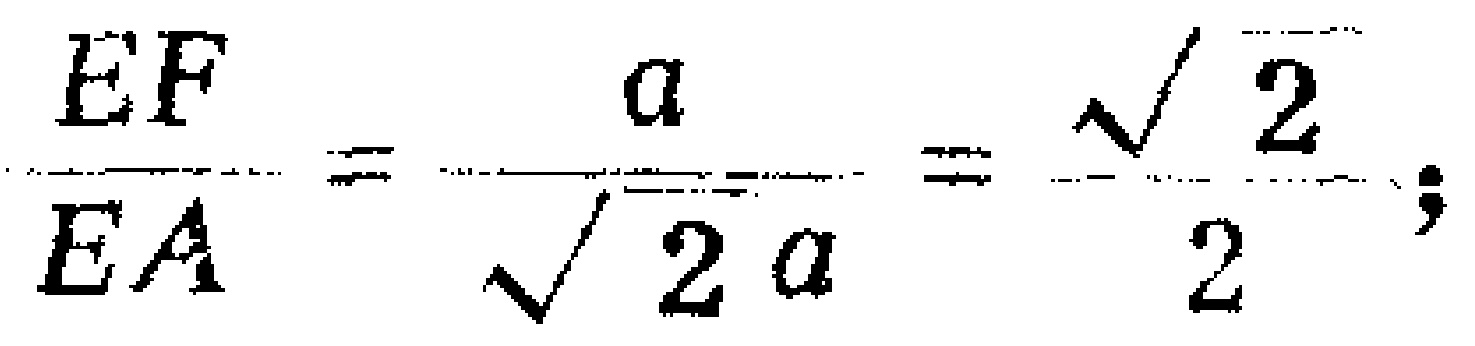
\(\frac{EF}{EA}=\frac{a}{\sqrt{2}a}=\frac{\sqrt{2}}{2};\)